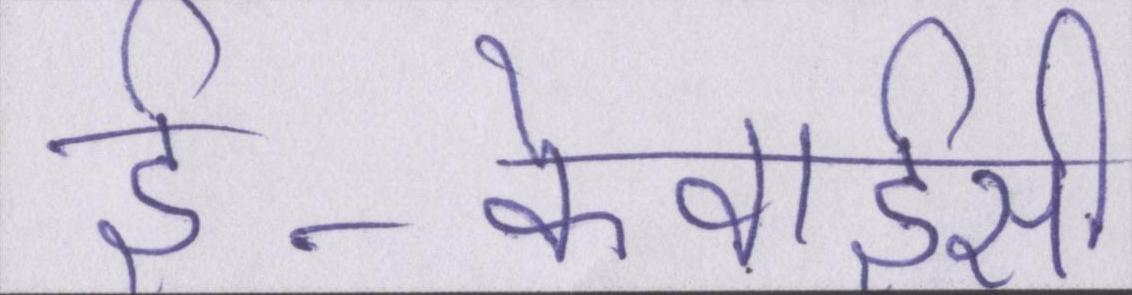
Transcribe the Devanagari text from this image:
ई-केवाईसी